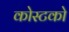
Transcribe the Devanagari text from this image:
कोस्‍टको